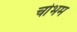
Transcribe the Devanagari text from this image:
चोभम